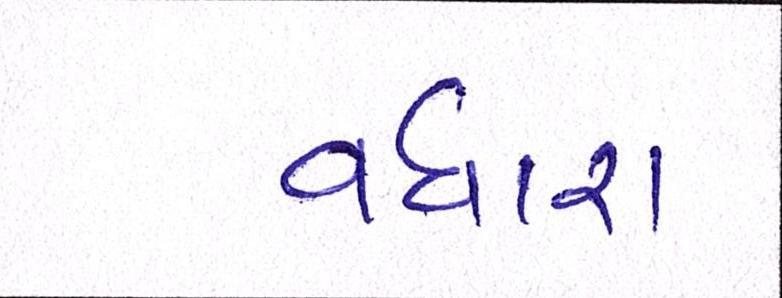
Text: વધારા